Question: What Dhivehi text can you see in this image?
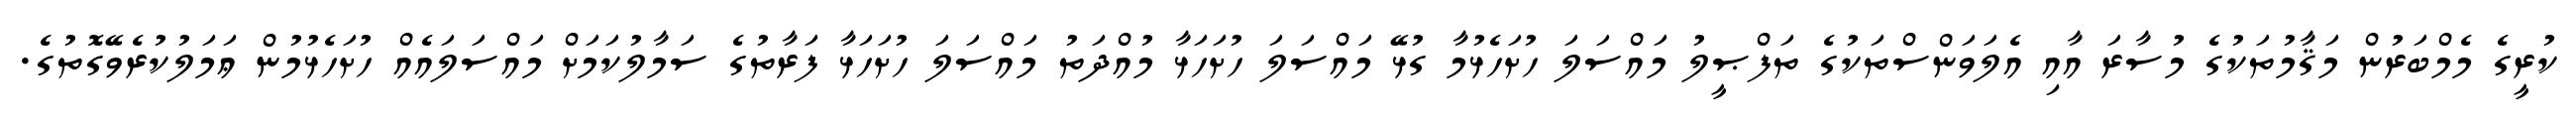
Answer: ކުރީގެ މެމްބަރުން މަޤާމުތަކުގެ މުސާރަ އާއި އެލަވަންސްތަކުގެ ތަފްޞީލު މައްސަލަ ހުށަހެޅުމާ ގުޅޭ މައްސަލަ ހުށަހަޅާ މުއްދަތު މައްސަލަ ހުށަހަޅާ ފަރާތުގެ ސަމާލުކަމަށް މައްސަލައެއް ހުށަހެޅުމުން ޢަމަލުކުރެވޭގޮތުގެ.